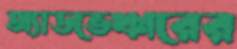
অ্যাডভেঞ্চারের